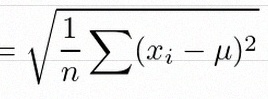
\sigma=\sqrt{\frac1n\sum(x_i-\mu)^2}